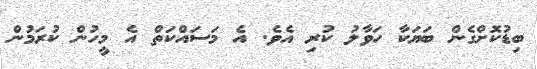
ބިޑުކޮށްގެން ބަޔަކާ ހަވާލު ކުރި އެވެ. އެ މަސައްކަތް އެ މީހުން ކުރަމުން